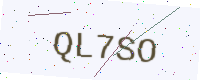
Text: QL7SO